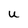
Character: u